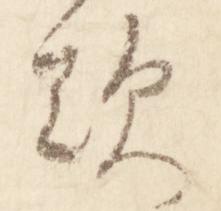
歎